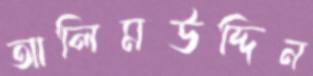
আলিমউদ্দিন